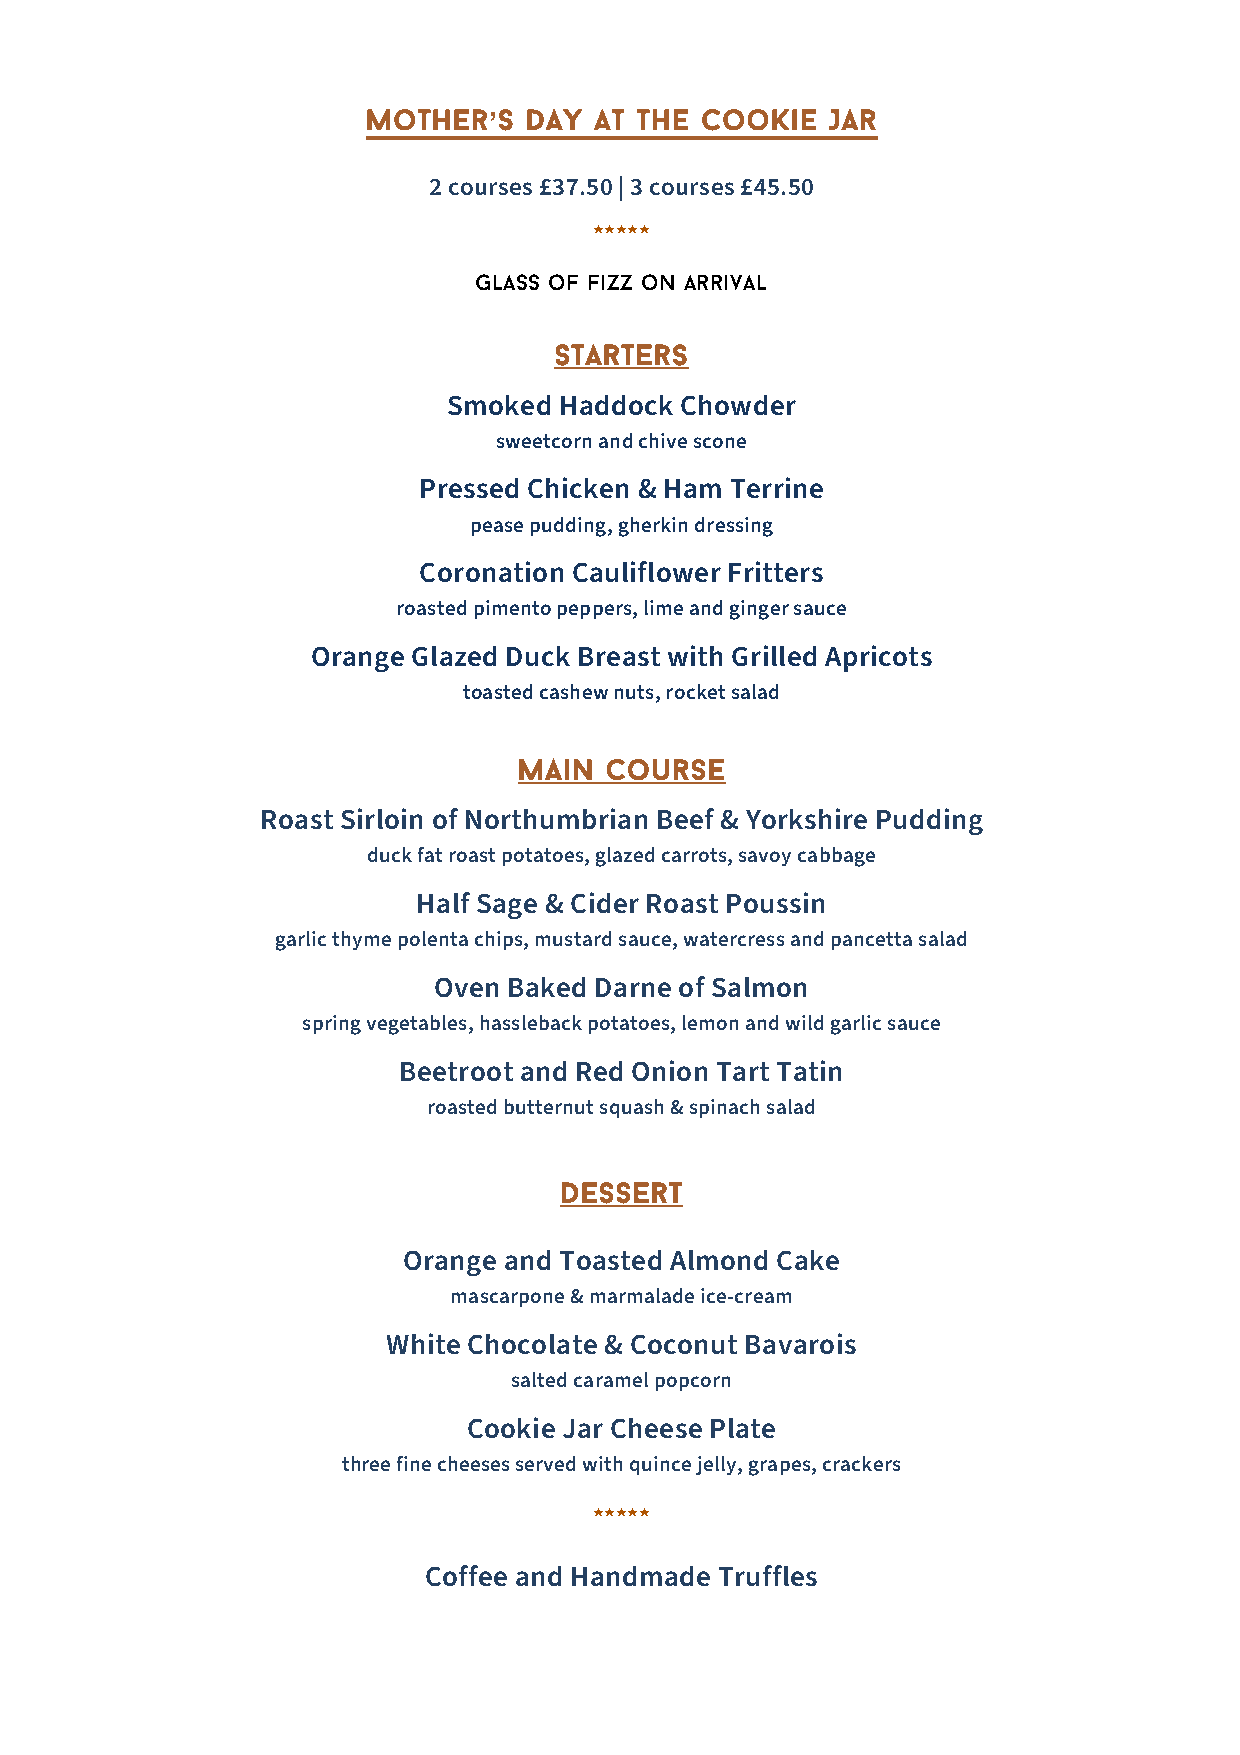
Mother’s   Day at the Cookie   Jar
 2 courses £37.50 | 3 courses £45.50
 *****
 Glass of Fizz on arrival
 Starters
 Smoked Haddock Chowder
 sweetcorn and chive scone
 Pressed Chicken & Ham Terrine
 pease pudding, gherkin dressing
 Coronation Cauliflower Fritters
 roasted pimento peppers, lime and ginger sauce
 Orange Glazed Duck Breast with Grilled Apricots
 toasted cashew nuts, rocket salad
 Main  Course
 Roast Sirloin of Northumbrian Beef & Yorkshire Pudding
 duck fat roast potatoes, glazed carrots, savoy cabbage
 Half Sage & Cider Roast Poussin
 garlic thyme polenta chips, mustard sauce, watercress and pancetta salad
 Oven Baked Darne of Salmon
 spring vegetables, hassleback potatoes, lemon and wild garlic sauce
 Beetroot and Red Onion Tart Tatin
 roasted butternut squash & spinach salad
 Dessert
 Orange and Toasted Almond Cake
 mascarpone & marmalade ice-cream
 White Chocolate & Coconut Bavarois
 salted caramel popcorn
 Cookie Jar Cheese Plate
 three fine cheeses served with quince jelly, grapes, crackers
 *****
 Coffee and Handmade Truffles